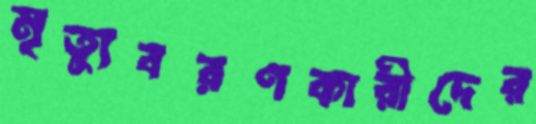
মৃত্যুবরণকারীদের